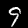
Digit: 9